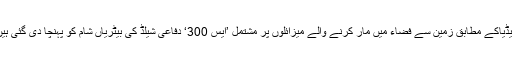
میڈیاکے مطابق زمین سے فضاء میں مار کرنے والے میزائلوں پر مشتمل ’ایس 300‘ دفاعی شیلڈ کی بیٹریاں شام کو پہنچا دی گئی ہیں۔